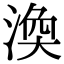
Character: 渙